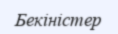
Бекіністер